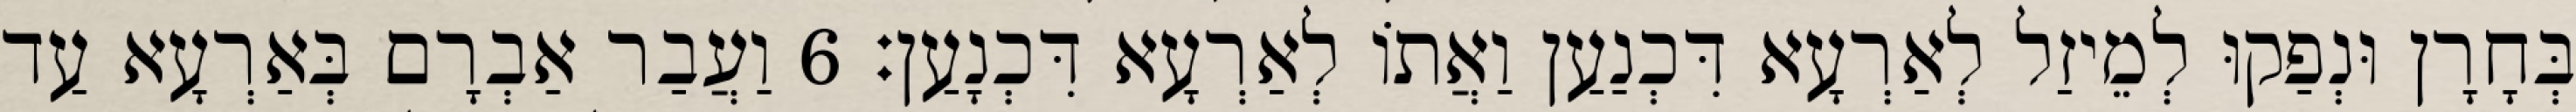
בְּחָרָן וּנְפַקוּ לְמֵיזַל לְאַרְעָא דִּכְנַעַן וַאֲתוֹ לְאַרְעָא דִּכְנָעַן׃ 6 וַעֲבַר אַבְרָם בְּאַרְעָא עַד